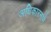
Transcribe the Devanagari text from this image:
अधिकारनामे